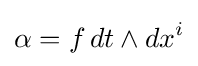
\alpha =f\,dt\wedge dx^{i}